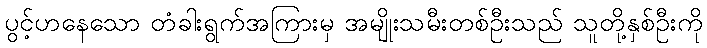
ပွင့်ဟနေသော တံခါးရွက်အကြားမှ အမျိုးသမီးတစ်ဦးသည် သူတို့နှစ်ဦးကို